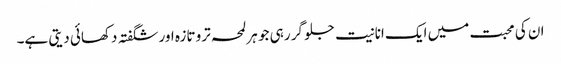
ان کی محبت میں ایک انانیت جلو گر رہی جو ہر لمحہ ترو تازہ اور شگفتہ دکھائی دیتی ہے۔